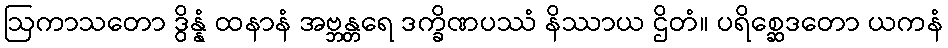
ဩကာသတော ဒွိန္နံ ထနာနံ အဗ္ဘန္တရေ ဒက္ခိဏပဿံ နိဿာယ ဌိတံ။ ပရိစ္ဆေဒတော ယကနံ